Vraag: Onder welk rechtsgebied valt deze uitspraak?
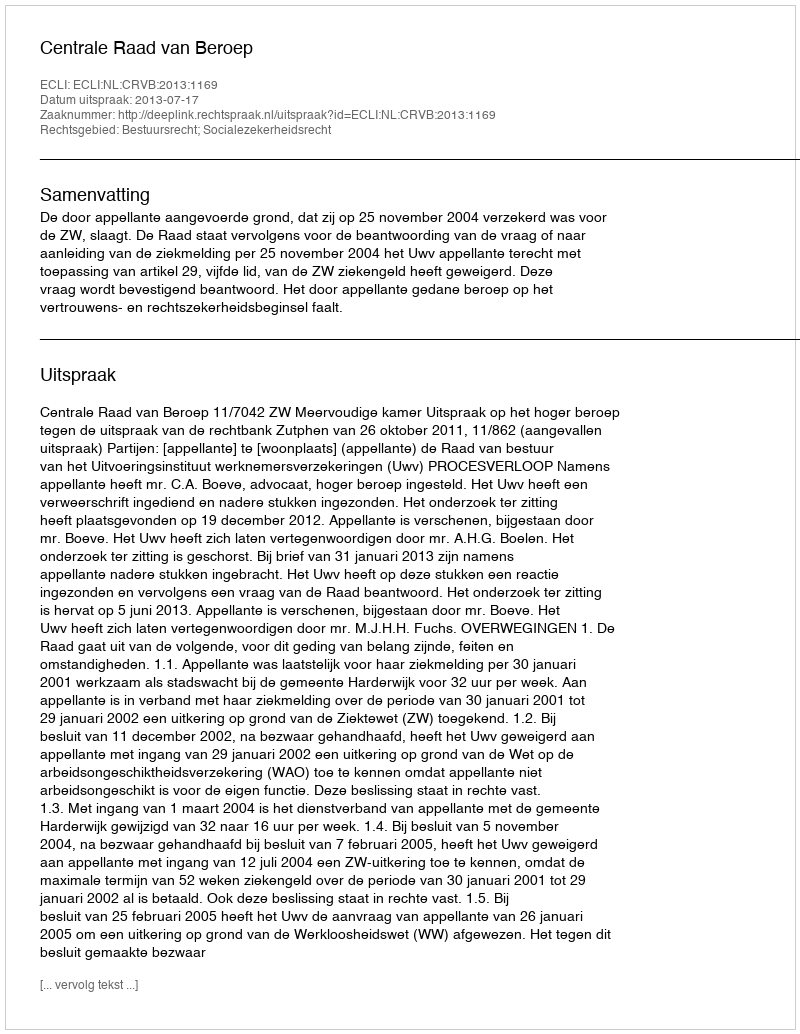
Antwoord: Bestuursrecht; Socialezekerheidsrecht